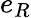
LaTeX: e_{R}